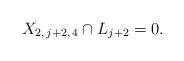
LaTeX: \begin{align*}X_{2, \, j+2, \, 4} \cap L_{j+2} = 0.\end{align*}